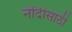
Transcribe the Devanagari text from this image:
नोंदीसाठी